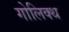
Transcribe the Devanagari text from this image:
गोलिक्थ